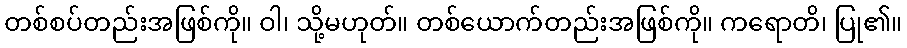
တစ်စပ်တည်းအဖြစ်ကို။ ဝါ၊ သို့မဟုတ်။ တစ်ယောက်တည်းအဖြစ်ကို။ ကရောတိ၊ ပြု၏။